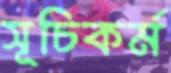
সূচিকর্ম